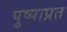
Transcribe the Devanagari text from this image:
पुष्पाप्रत